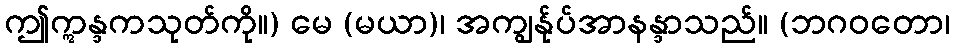
ဤဣန္ဒကသုတ်ကို။) မေ (မယာ)၊ အကျွန်ုပ်အာနန္ဒာသည်။ (ဘဂဝတော၊